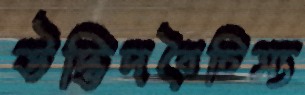
উদ্ভিদবৈচিত্র্য